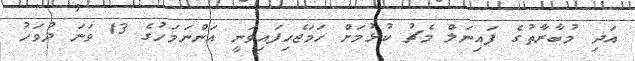
އަދި މުބާރާތުގެ ފައިނަލް މެޗު ކުޅުމަށް ހަމަޖެހިފައިވަނީ އަންނަމަހުގެ 13 ވަނަ ދުވަހު